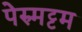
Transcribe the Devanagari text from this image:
पेरुमट्टम